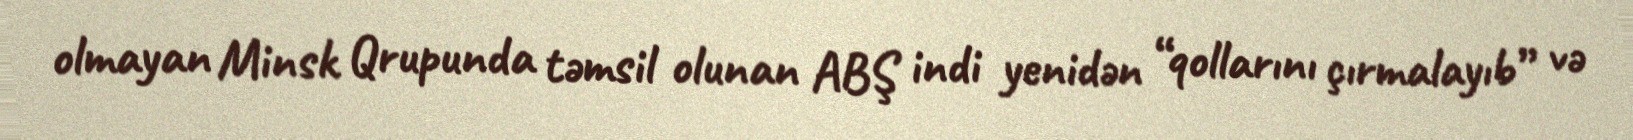
olmayan Minsk Qrupunda təmsil olunan ABŞ indi yenidən “qollarını çırmalayıb” və